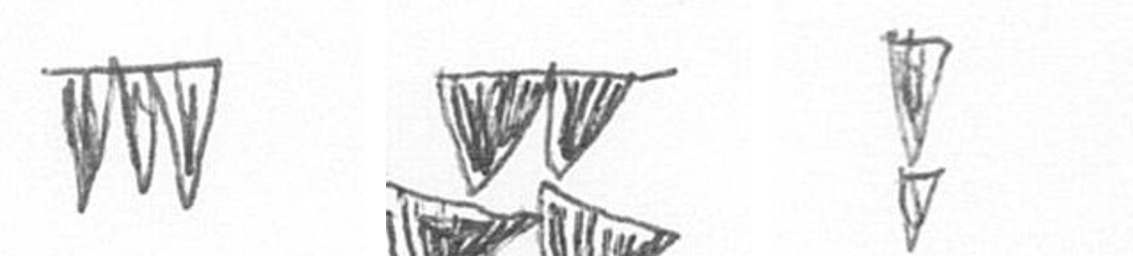
L B Z